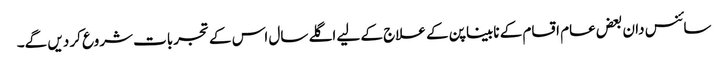
سائنس دان بعض عام اقسام کے نابیناپن کے علاج کے لیے اگلے سال اس کے تجربات شروع کر دیں گے۔